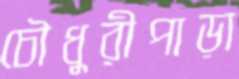
চৌধুরীপাড়া